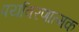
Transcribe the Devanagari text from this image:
पर्यावरणात्‍मक